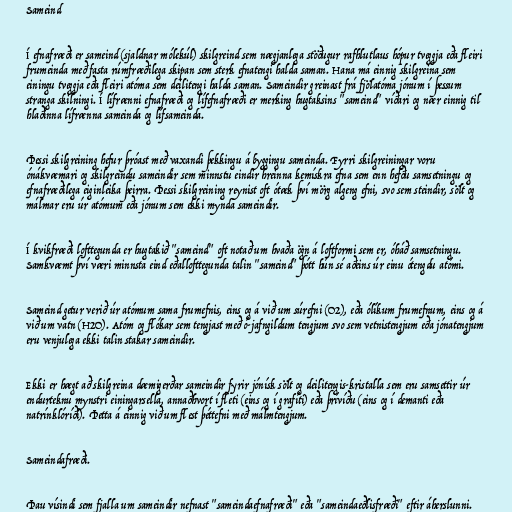
Sameind

Í efnafræði er sameind (sjaldnar mólekúl) skilgreind sem nægjanlega stöðugur rafhlutlaus hópur tveggja eða fleiri
frumeinda með fasta rúmfræðilega skipan sem sterk efnatengi halda saman. Hana má einnig skilgreina sem
einingu tveggja eða fleiri atóma sem deilitengi halda saman. Sameindir greinast frá fjölatóma jónum í þessum
stranga skilningi. Í lífrænni efnafræði og lífefnafræði er merking hugtaksins "sameind" víðari og nær einnig til
hlaðinna lífrænna sameinda og lífsameinda.

Þessi skilgreining hefur þróast með vaxandi þekkingu á byggingu sameinda. Fyrri skilgreiningar voru
ónákvæmari og skilgreindu sameindir sem minnstu eindir hreinna kemískra efna sem enn hefðu samsetningu og
efnafræðilega eiginleika þeirra. Þessi skilgreining reynist oft ótæk því mörg algeng efni, svo sem steindir, sölt og
málmar eru úr atómum eða jónum sem ekki mynda sameindir.

Í kvikfræði lofttegunda er hugtakið "sameind" oft notað um hvaða ögn á loftformi sem er, óháð samsetningu.
Samkvæmt því væri minnsta eind eðallofttegunda talin "sameind" þótt hún sé aðeins úr einu ótengdu atómi.

Sameind getur verið úr atómum sama frumefnis, eins og á við um súrefni (O2), eða ólíkum frumefnum, eins og á
við um vatn (H2O). Atóm og flókar sem tengjast með ó-jafngildum tengjum svo sem vetnistengjum eða jónatengjum
eru venjulega ekki talin stakar sameindir.

Ekki er hægt að skilgreina dæmigerðar sameindir fyrir jónísk sölt og deilitengis-kristalla sem eru samsettir úr
endurteknu mynstri einingarsella, annaðhvort í fleti (eins og í grafíti) eða þrívíðu (eins og í demanti eða
natrínklóríði). Þetta á einnig við um flest þéttefni með málmtengjum.

Sameindafræði.

Þau vísindi sem fjalla um sameindir nefnast "sameindaefnafræði" eða "sameindaeðlisfræði" eftir áherslunni.